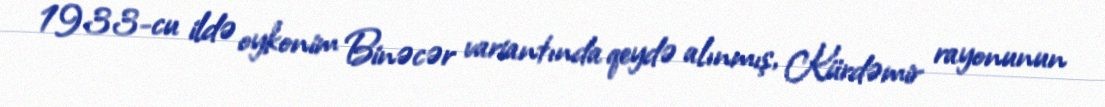
1933-cu ildə oykonim Binəcər variantında qeydə alınmış, Kürdəmir rayonunun